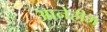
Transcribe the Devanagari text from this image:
आनेहीम